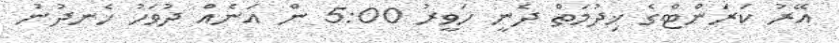
އޭރު ކަރަންޓްގެ ޚިދުމަތް ދެނީ ހަވީރު 5:00 ން އަނެއް ދުވަހު ހެނދުނު